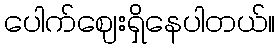
ပေါက်ဈေးရှိနေပါတယ်။